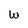
Character: W